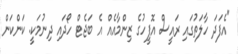
"އެފަދަ ހާލަތުގައި ރައީސް އޮފީހުގެ ޒިންމާއެއް އެ ބަޖެޓް ހޯދައި ދިނުމަކީ. ކަންކަން